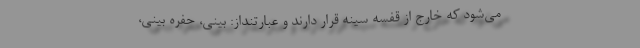
می‌شود که خارج از قفسه سینه قرار دارند و عبارتنداز: بینی، حفره بینی،